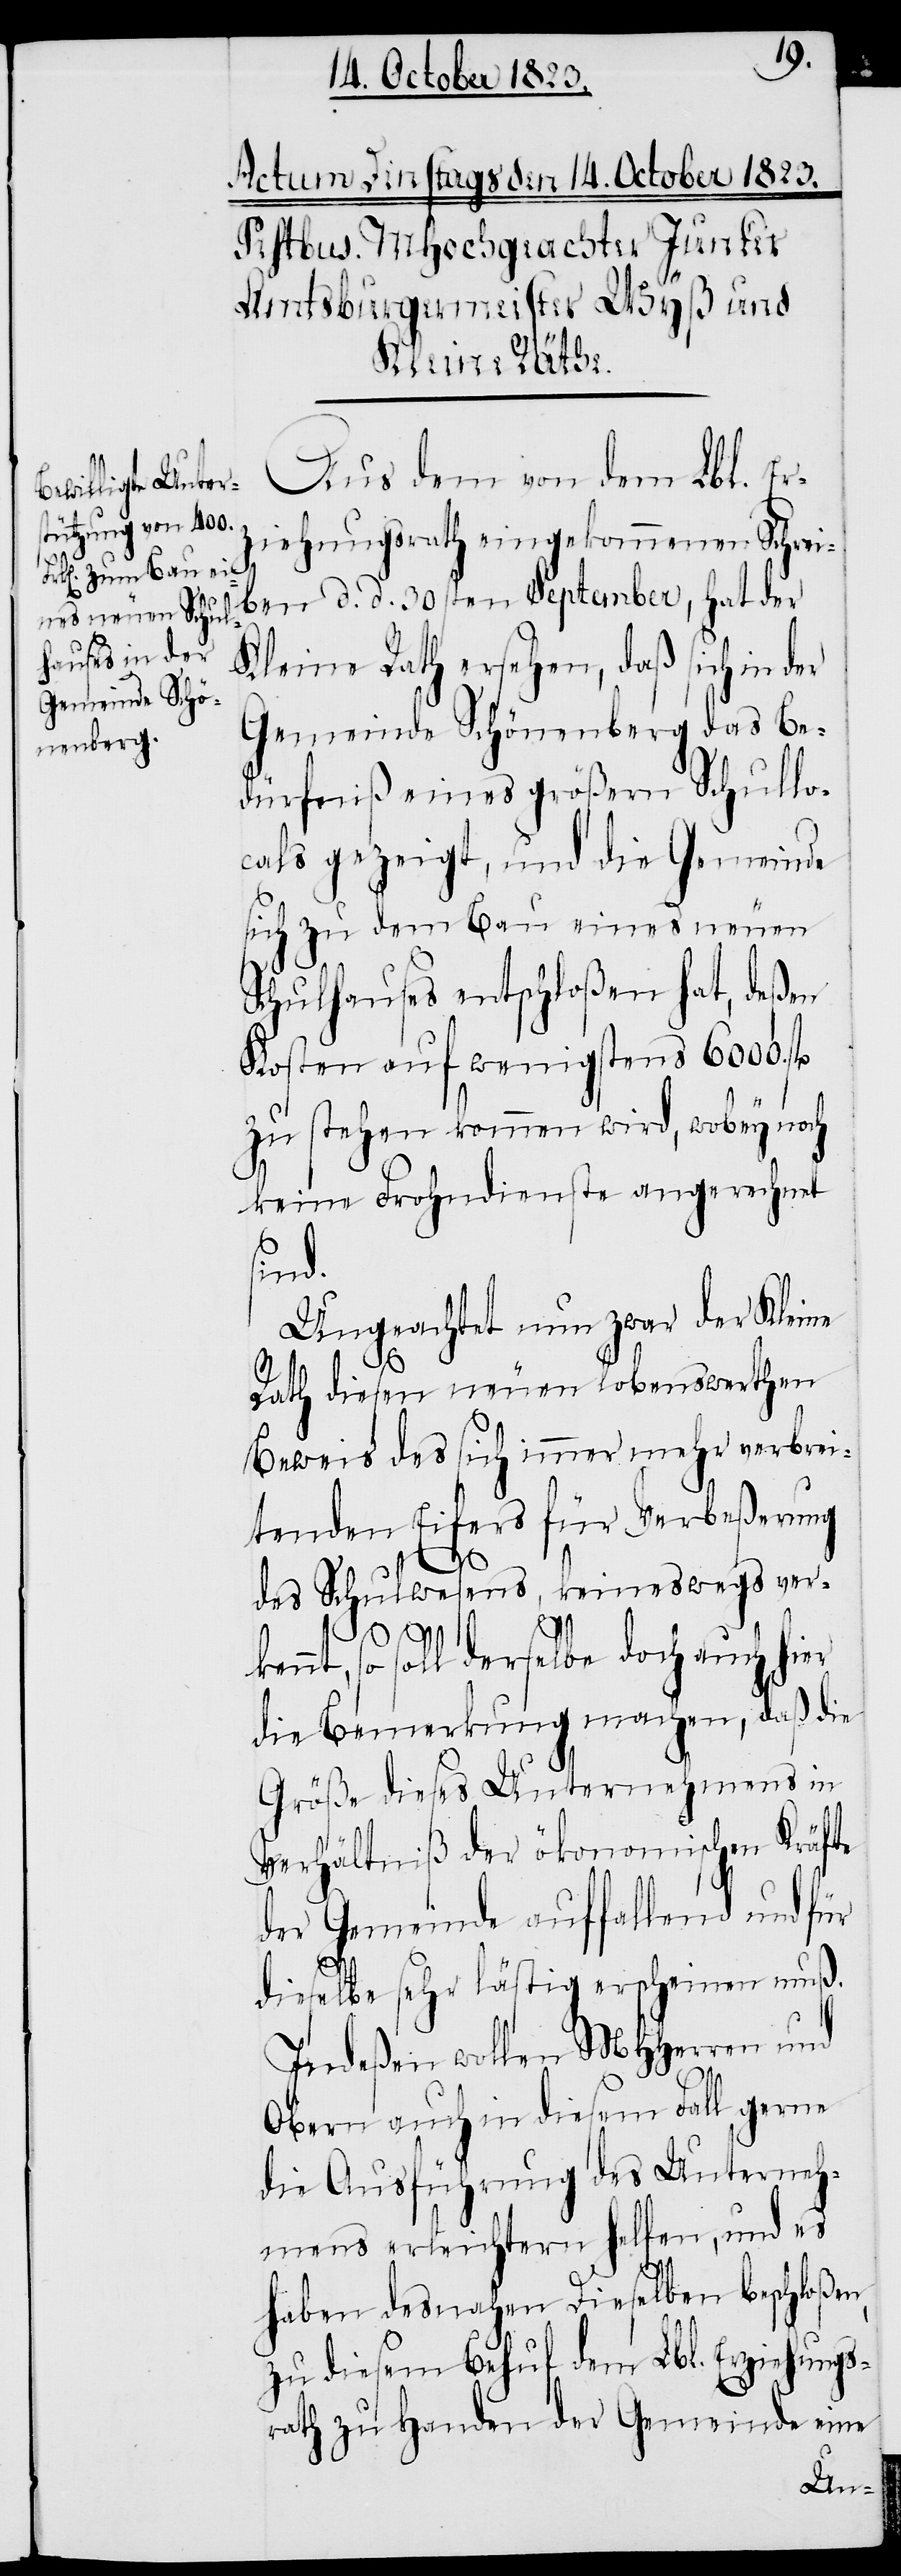
Aus dem von dem Lbl. Er¬
ziehungsrath eingekommenen Schrei¬
ben d. d. 30sten September, hat der
Kleine Rath ersehen, daß sich in der
Gemeinde Schönenberg das Be¬
dürfniß eines größern Schullo¬
cals gezeigt, und die Gemeinde
sich zu dem Bau eines neuen
Schulhauses entschloßen hat, deßen
Kosten auf wenigstens 6000. fl
zu stehen kommen wird, wobey noch
keine Frohndienste angerechnet
sind.
Ungeachtet nun zwar der Kleine
er
Rath diesen neuen lobenswerthen
Beweis des sich immer mehr verbrei¬
tenden Eifers für Verbeßerung
kennt,
des Schulwesens, keineswegs ver¬
so soll derselbe doch auch hi¬
die Bemerkung machen, daß die
Größe dieses Unternehmens in
Verhältniß der ökonomischen Kräfte
der Gemeinde auffallend und für
dieselbe sehr lästig erscheinen muß.
Indeßen wollen MHHerren und
Obern auch in diesem Fall gerne
die Ausführung des Unterneh¬
mens erleichtern helfen, und es
haben desnahen Dieselben beschloßen,
zu diesem Behuf dem Lbl. Erziehungs¬
rath zu Handen der Gemeinde eine